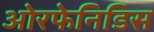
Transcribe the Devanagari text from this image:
ओरफेनिडिस